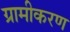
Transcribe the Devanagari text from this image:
ग्रामीकरण